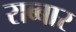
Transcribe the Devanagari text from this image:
राब्बार